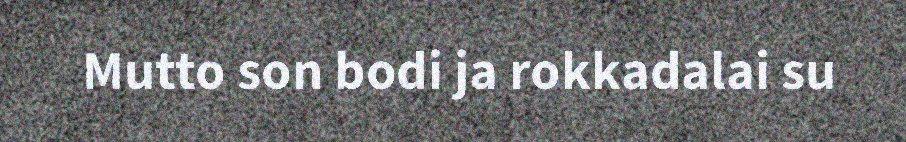
Mutto son bodi ja rokkadalai su